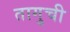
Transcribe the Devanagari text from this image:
तागुची